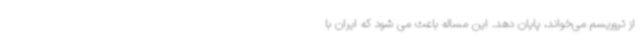
از تروریسم می‌خواند، پایان دهد. این مساله باعث می شود که ایران با